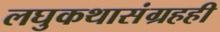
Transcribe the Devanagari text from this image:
लघुकथासंग्रहही